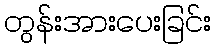
တွန်းအားပေးခြင်း